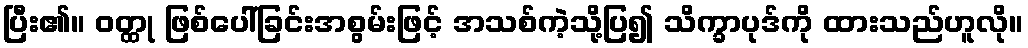
ပြီး၏။ ဝတ္ထု ဖြစ်ပေါ်ခြင်းအစွမ်းဖြင့် အသစ်ကဲ့သို့ပြ၍ သိက္ခာပုဒ်ကို ထားသည်ဟူလို။